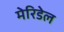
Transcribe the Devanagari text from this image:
मेरिडेल